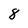
Character: 8